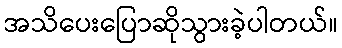
အသိပေးပြောဆိုသွားခဲ့ပါတယ်။